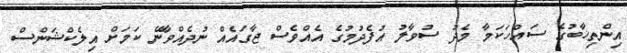
އިންތިޚާބުގެ ސައްހަކަމާ މެދު ސުވާލު އުފެދުމުގެ އެއްވެސް ޖާގައެއް ނުދެއްވާނޭ ކަމަށް އިލެކްޝަންސް